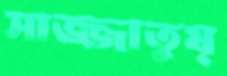
সাজ্জাতুয্